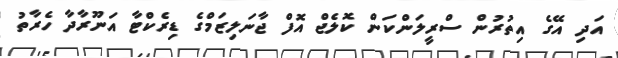
އަދި އޭގެ އިތުރުން ސްރީލަންކަން ކޮލެޖް އޮފް ޖާނަލިޒަމްގެ ޑިރެކްޓާ އަނޫރާދާ ހެރާތު